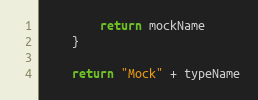
Language: Go
		return mockName
	}

	return "Mock" + typeName